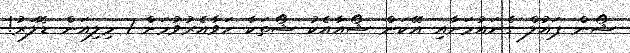
ޝޯން ޕައުލް ގެނައުމަށާއި އޭކަން ޝޯއާއެކު ޝޯތަކާ ހަވާއެރުވުމަށް 1 މިލިއަން ޑޮލަރު!